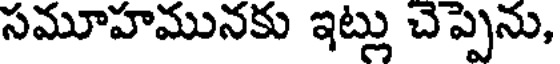
సమూహమునకు ఇట్లు చెప్పెను,